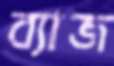
ব্যাজ